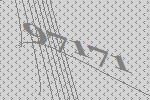
97171